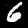
Label: 6